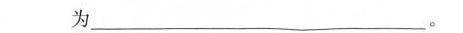
为________。